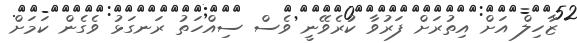
ޒާހިލް އަށް އިތުރަށް ފަރުވާ ކުރެވޭނީ ވެސް ސިއްހަތު ރަނގަޅު ވެގެން ކަމަށް